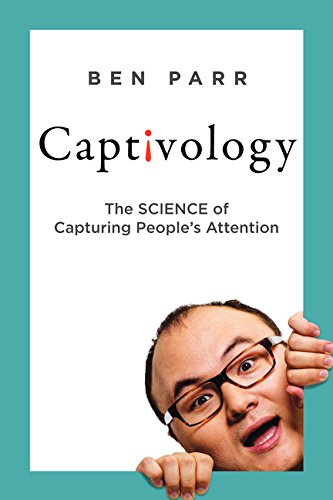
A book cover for Captivology: The Science of Capturing People's Attention; Ben Parr; Self-Help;